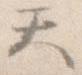
て